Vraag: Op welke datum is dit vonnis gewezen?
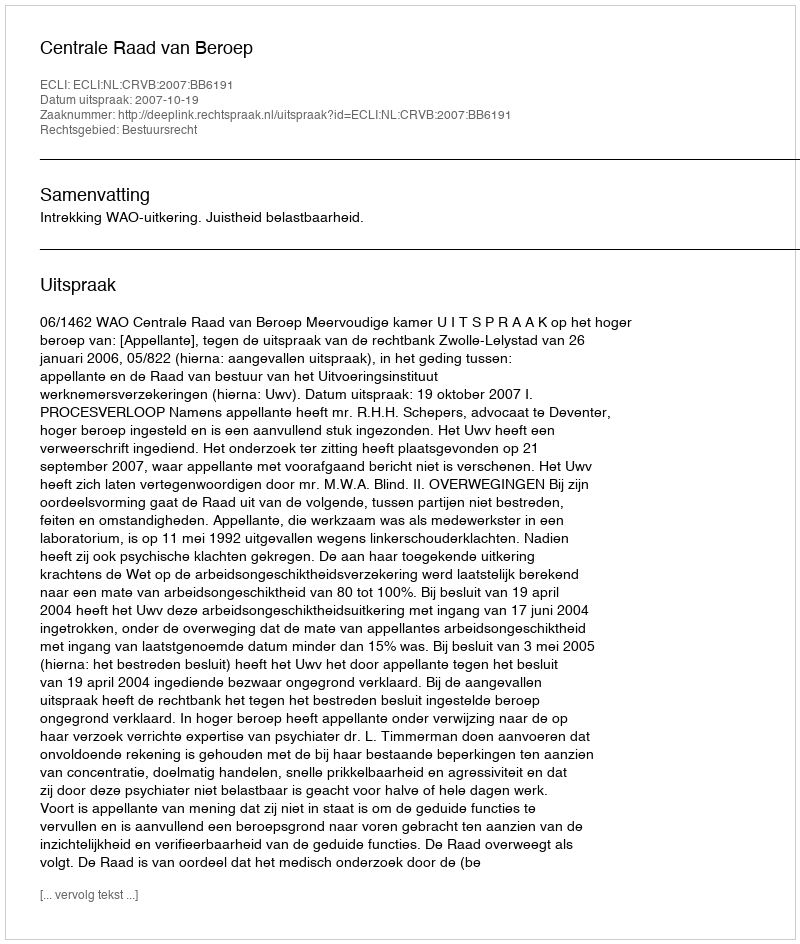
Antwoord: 2007-10-19